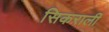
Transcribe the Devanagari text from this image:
सिकराली